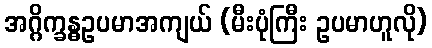
အဂ္ဂိက္ခန္ဓဥပမာအကျယ် (မီးပုံကြီး ဥပမာဟူလို)